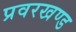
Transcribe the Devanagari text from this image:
प्रवरखण्ड